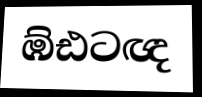
ඹ්ඪටඥ